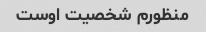
منظورم شخصیت اوست